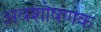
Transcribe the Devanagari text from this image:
अवशोषणक